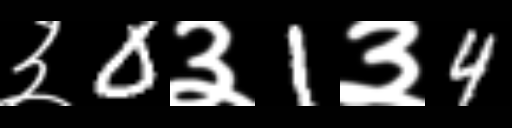
Text: ३0३1३4